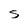
Character: 5